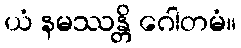
ယံ နမဿန္တိ ဂေါတမံ။